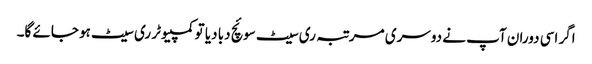
اگر اسی دوران آپ نے دوسری مرتبہ ری سیٹ سوئچ دبا دیا تو کمپیوٹر ری سیٹ ہو جائے گا۔